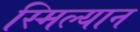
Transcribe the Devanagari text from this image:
स्मिल्यान